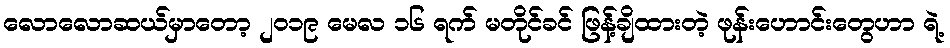
လောလောဆယ်မှာတော့ ၂၀၁၉ မေလ ၁၆ ရက် မတိုင်ခင် ဖြန့်ချိထားတဲ့ ဖုန်းဟောင်းတွေဟာ ရဲ့